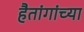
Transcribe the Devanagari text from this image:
हैतांगांच्या